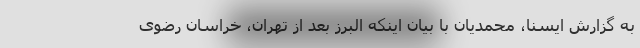
به گزارش ایسنا، محمدیان با بیان اینکه البرز بعد از تهران، خراسان رضوی